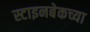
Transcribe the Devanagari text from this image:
स्टाइनबेकच्या